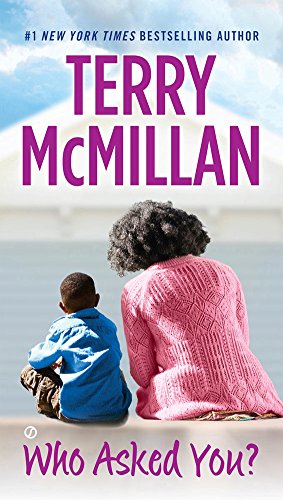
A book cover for Who Asked You?; Terry McMillan; Literature & Fiction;